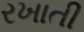
રખાતી